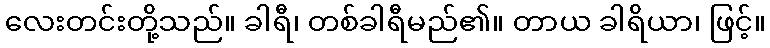
လေးတင်းတို့သည်။ ခါရီ၊ တစ်ခါရီမည်၏။ တာယ ခါရိယာ၊ ဖြင့်။